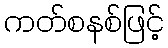
ကတ်စနစ်ဖြင့်